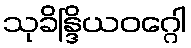
သုခိန္ဒြိယဝဂ္ဂေါ